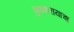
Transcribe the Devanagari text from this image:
बुक्करायाचा